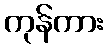
ကုန်ကား